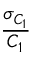
\frac { \sigma _ { C _ { 1 } } } { C _ { 1 } }